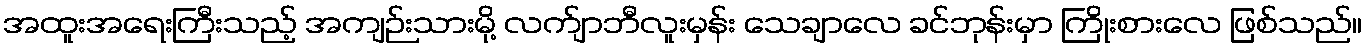
အထူးအရေးကြီးသည့် အကျဉ်းသားမို့ လက်ျာဘီလူးမှန်း သေချာလေ ခင်ဘုန်းမှာ ကြိုးစားလေ ဖြစ်သည်။